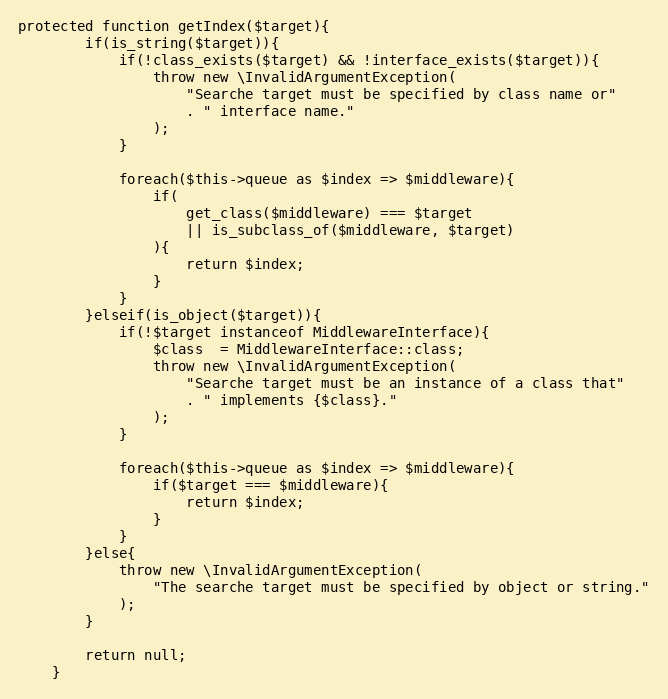
Language: PHP
protected function getIndex($target){
        if(is_string($target)){
            if(!class_exists($target) && !interface_exists($target)){
                throw new \InvalidArgumentException(
                    "Searche target must be specified by class name or"
                    . " interface name."
                );
            }

            foreach($this->queue as $index => $middleware){
                if(
                    get_class($middleware) === $target
                    || is_subclass_of($middleware, $target)
                ){
                    return $index;
                }
            }
        }elseif(is_object($target)){
            if(!$target instanceof MiddlewareInterface){
                $class  = MiddlewareInterface::class;
                throw new \InvalidArgumentException(
                    "Searche target must be an instance of a class that"
                    . " implements {$class}."
                );
            }

            foreach($this->queue as $index => $middleware){
                if($target === $middleware){
                    return $index;
                }
            }
        }else{
            throw new \InvalidArgumentException(
                "The searche target must be specified by object or string."
            );
        }

        return null;
    }